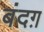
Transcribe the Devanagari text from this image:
बंदग़